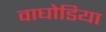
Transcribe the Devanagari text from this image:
वाघोडिया